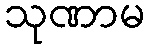
သုဏာမ